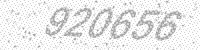
Solution: 920656